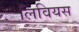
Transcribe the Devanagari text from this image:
लिवियस